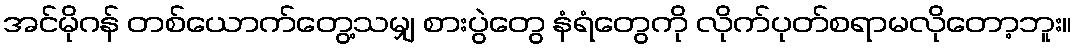
အင်မိုဂန် တစ်ယောက်တွေ့သမျှ စားပွဲတွေ နံရံတွေကို လိုက်ပုတ်စရာမလိုတော့ဘူး။